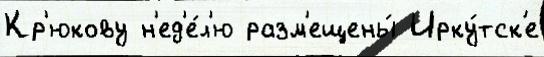
Кр'юкову н'ед'е́л'ю разм'ещены́ Ирку́тск'е